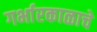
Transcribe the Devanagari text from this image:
गर्भारकाळाचे